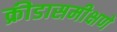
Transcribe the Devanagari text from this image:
क्रीडासमीक्षणे